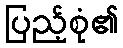
ပြည့်စုံ၏